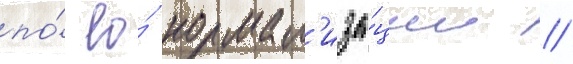
по́ ео́ нормал'иза́ции /